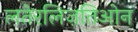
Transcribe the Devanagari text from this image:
लतेरलिज़तिओन